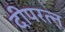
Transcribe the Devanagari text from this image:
दीपरत्न